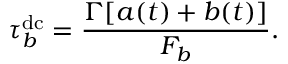
\tau _ { b } ^ { \mathrm { d c } } = \frac { \Gamma [ a ( t ) + b ( t ) ] } { F _ { b } } .